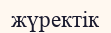
жүректік